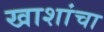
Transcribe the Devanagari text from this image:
खाशांचा